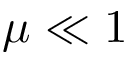
\mu \ll 1